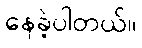
နေခဲ့ပါတယ်။